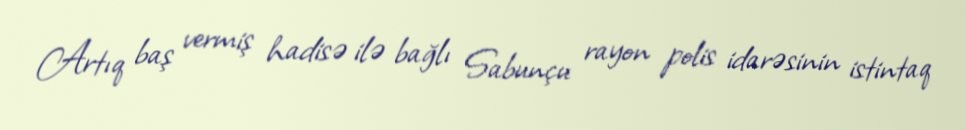
Artıq baş vermiş hadisə ilə bağlı Sabunçu rayon polis idarəsinin istintaq